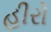
હીરો